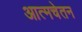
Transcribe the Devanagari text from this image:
आत्मचेतन